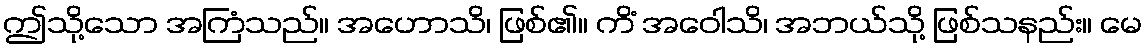
ဤသို့သော အကြံသည်။ အဟောသိ၊ ဖြစ်၏။ ကိံ အဝေါသိ၊ အဘယ်သို့ ဖြစ်သနည်း။ မေ